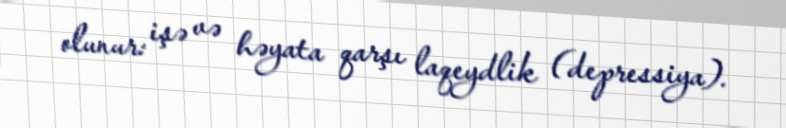
olunur: işə və həyata qarşı laqeydlik (depressiya).